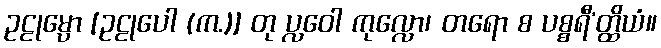
ဥဠုမ္ပော [ဥဠုပေါ (က.)] တု ပ္လဝေါ ကုလ္လော၊ တရော စ ပစ္စရီ’တ္ထိယံ။